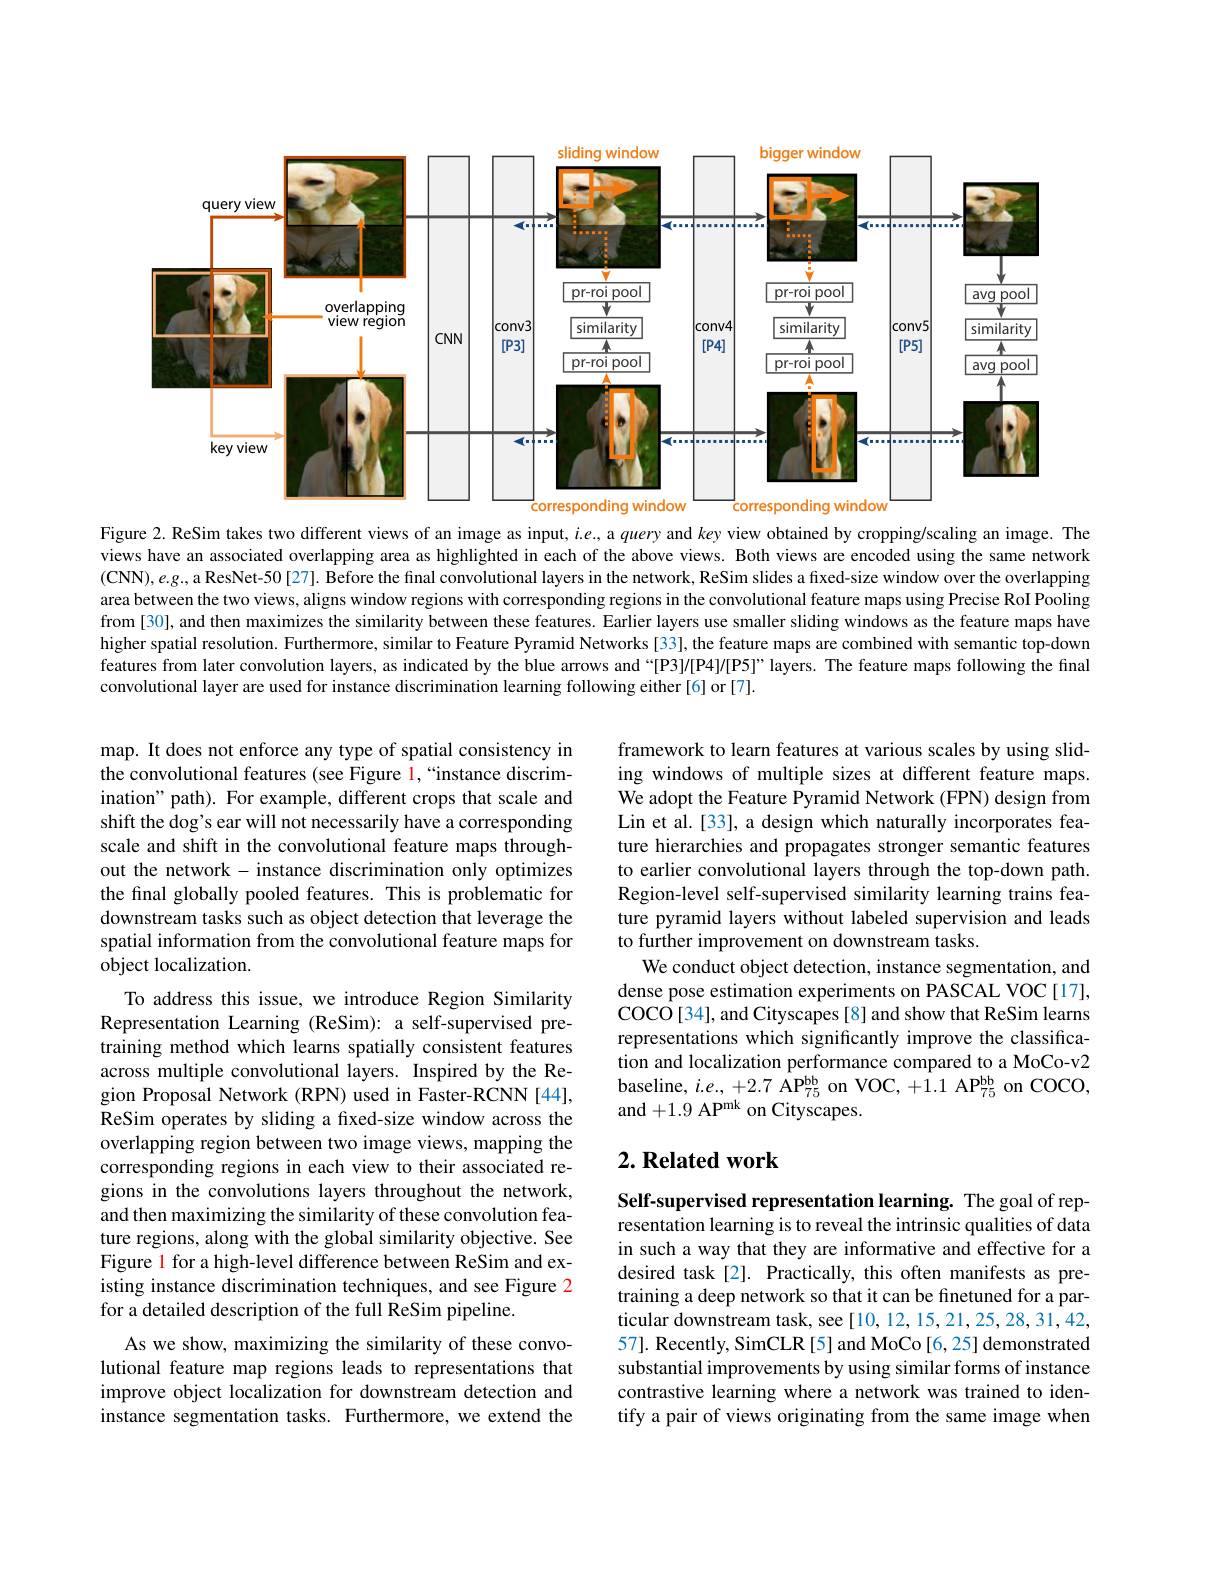
<FigureHere>

Figure 2. ReSim takes two different views of an image as input, $i.e$, a query and $k$ey view obtained by cropping/scaling an image. The views have an associated overlapping area as highlighted in each of the above views. Both views are encoded using the same network (CNN),e.g..a ResNet-50[27]. Before the final convolutional layers in the network, ReSim slides a fixed-size window over the overlapping area between the two views, aligns window regions with corresponding regions in the convolutional feature maps using Precise RoI Pooling from [30], and then maximizes the similarity between these features. Earlier layers use smaller sliding windows as the feature maps have higher spatial resolution. Furthermore, similar to Feature Pyramid Networks[33], the feature maps are combined with semantic top-down features from later convolution layers, as indicated by the blue arrows and “[P3]/[P4//[P5]” layers. The feature maps following the final convolutional layer are used for instance discrimination learning following either [6] or [7].

framework to learn features at various scales by using sliding windows of multiple sizes at different feature maps. We adopt the Feature Pyramid Network (FPN) design from Lin et al.[33], a design which naturally incorporates feature hierarchies and propagates stronger semantic features to earlier convolutional layers through the top-down path. Region-level self-supervised similarity learning trains feature pyramid layers without labeled supervision and leads to further improvement on downstream tasks.
We conduct object detection, instance segmentation, and dense pose estimation experiments on PASCAL VOC[17], COCO[34], and Cityscapes [8] and show that ReSim learns representations which significantly improve the classification and localization performance compared to a MoCo-v2 baseline, $i.e.,+2.7$ AP$_{75}^{\mathrm{bb}}$ on VOC, +1.1 AP$_75^{\mathrm{bb}}$ on COCO, and +1.9 AP$^\mathrm{mk}$ on Cityscapes.

map. It does not enforce any type of spatial consistency in the convolutional features (see Figure 1,“instance discrimination" path). For example, different crops that scale and shift the dog's ear will not necessarily have a corresponding scale and shift in the convolutional feature maps throughout the network - instance discrimination only optimizes the final globally pooled features. This is problematic for downstream tasks such as object detection that leverage the spatial information from the convolutional feature maps for object localization.
To address this issue, we introduce Region Similarity Representation Learning (ReSim): a self-supervised pretraining method which learns spatially consistent features across multiple convolutional layers. Inspired by the Region Proposal Network (RPN) used in Faster-RCNN [44], ReSim operates by sliding a fixed-size window across the overlapping region between two image views, mapping the corresponding regions in each view to their associated regions in the convolutions layers throughout the network, and then maximizing the similarity of these convolution feature regions, along with the global similarity objective. See Figure 1 for a high-level difference between ReSim and existing instance discrimination techniques, and see Figure 2 for a detailed description of the full ReSim pipeline.
As we show, maximizing the similarity of these convolutional feature map regions leads to representations that improve object localization for downstream detection and instance segmentation tasks. Furthermore, we extend the

## $2. \textbf{Related work}$

Self-supervised representation learning. The goal of representation learning is to reveal the intrinsic qualities of data in such a way that they are informative and effective for a desired task[2]. Practically, this often manifests as pretraining a deep network so that it can be finetuned for a particular downstream task, see [10, 12, 15, 21, 25, 28, 31, 42, 57]. Recently, SimCLR [5] and MoCo [6,25] demonstrated substantial improvements by using similar forms of instance contrastive learning where a network was trained to identify a pair of views originating from the same image when